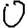
Digit: 0